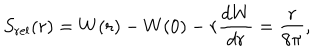
S _ { \mathrm { r e l } } ( r ) = W ( r ) - W ( 0 ) - r { \frac { d W } { d r } } = \frac { r } { 8 \pi } ,